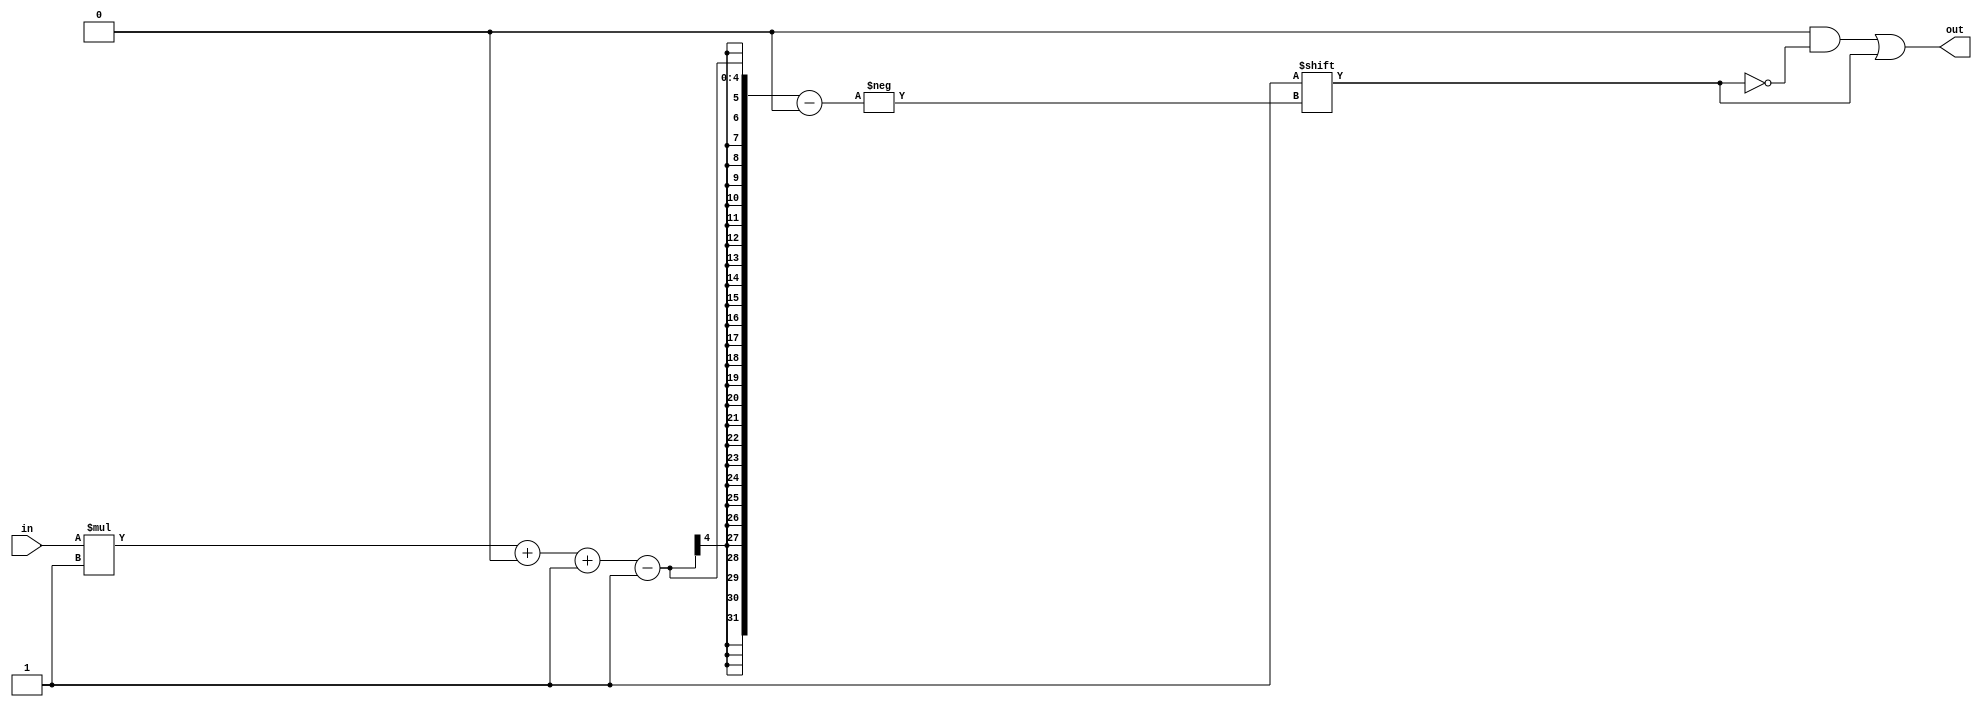
module decoder_11 (
    input [0:0] in,
    output reg [1:0] out
  );
  
  localparam WIDTH = 1'h1;
  
  
  always @* begin
    out = 1'h0;
    out[(in)*1+0-:1] = 1'h1;
  end
endmodule